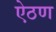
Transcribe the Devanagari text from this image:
ऐठण